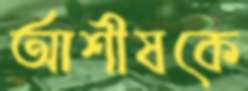
আশীষকে